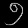
Digit: ၅